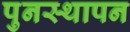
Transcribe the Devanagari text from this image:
पुनस्थापन